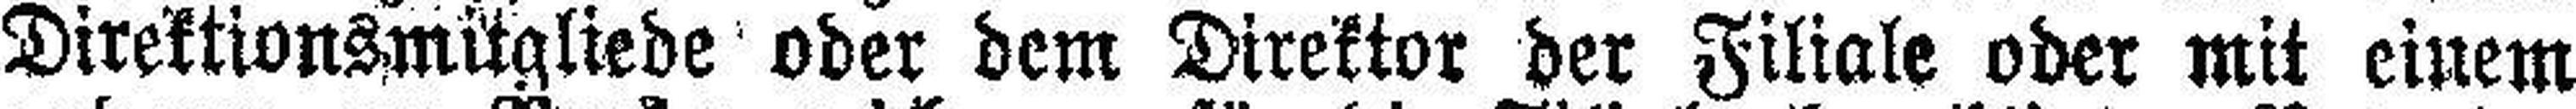
Direktionsmitgliede oder dem Direktor der Filiale oder mit einem